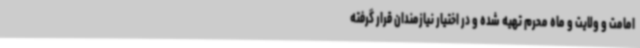
امامت و ولایت و ماه محرم تهیه شده و در اختیار نیازمندان قرار گرفته